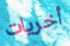
أخريات